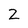
Character: 2